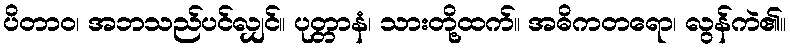
ပိတာဝ၊ အဘသည်ပင်လျှင်။ ပုတ္တာနံ၊ သားတို့ထက်။ အဓိကတရော၊ လွန်ကဲ၏။